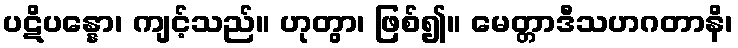
ပဋိပန္နော၊ ကျင့်သည်။ ဟုတွာ၊ ဖြစ်၍။ မေတ္တာဒီသဟဂတာနိ၊